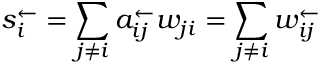
s _ { i } ^ { \leftarrow } = \sum _ { j \neq i } a _ { i j } ^ { \leftarrow } w _ { j i } = \sum _ { j \neq i } w _ { i j } ^ { \leftarrow }